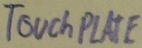
Text: TOUCH PLATE